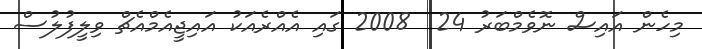
މިހެން އައިސް ނޮވެމްބަރު 24  2008 ގައި އެއްރެއަކު އައިޖީއެމްއެޗް ވިލީފުލުސް